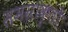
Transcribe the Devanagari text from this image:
समग्राकृतों